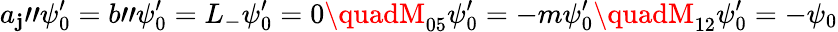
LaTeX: a_{\mathbf{j}}"\psi_{0}^{\prime}=b"\psi_{0}^{\prime}=L_{-}\psi_{0}^{\prime}=0\quadM_{05}\psi_{0}^{\prime}=-m\psi_{0}^{\prime}\quadM_{12}\psi_{0}^{\prime}=-\psi_{0}